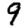
Digit: 9